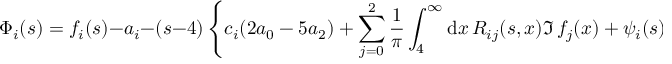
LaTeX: \Phi _ { i } ( s ) = f _ { i } ( s ) - a _ { i } - ( s - 4 ) \left\{ c _ { i } ( 2 a _ { 0 } - 5 a _ { 2 } ) + \sum _ { j = 0 } ^ { 2 } { \frac { 1 } { \pi } } \int _ { 4 } ^ { \infty } \mathrm { d } x \, R _ { i j } ( s , x ) \Im \, f _ { j } ( x ) + \psi _ { i } ( s ) \right\} .